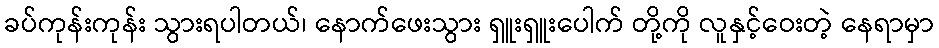
ခပ်ကုန်းကုန်း သွားရပါတယ်၊ နောက်ဖေးသွား ရှူးရှူးပေါက် တို့ကို လူနှင့်ဝေးတဲ့ နေရာမှာ